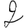
Digit: 2